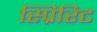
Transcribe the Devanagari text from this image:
स्प्रिरिट